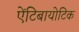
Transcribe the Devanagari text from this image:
एेंटिबायोटिक